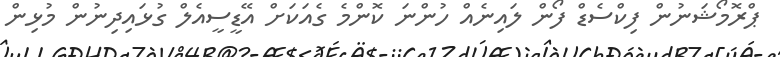
ޕްރޮމޯޝަނުން ފިކްސެޑް ފޯން ލައިނެއް ހުންނަ ކޮންމެ ގެއަކަށް އޭޑީސީއެލް ގުޅައިދިނުން މުޅިން